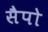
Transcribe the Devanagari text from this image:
सैपो